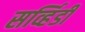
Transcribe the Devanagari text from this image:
सर्व्हिडी